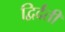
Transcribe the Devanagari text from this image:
द्विर्दंती